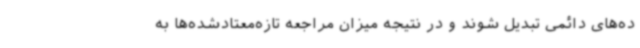
ده‌های دائمی تبدیل شوند و در نتیجه میزان مراجعه تازه‌معتادشده‌ها به